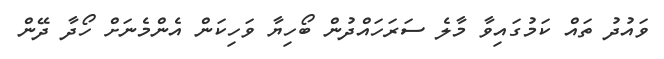
ވައުދު ތައް ކަމުގައިވާ މާލެ ސަރަހައްދުން ބޯހިޔާ ވަހިކަން އެންމެނަށް ހޯދާ ދޭން